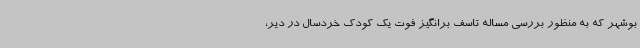
بوشهر که به منظور بررسی مساله تاسف برانگیز فوت یک کودک خردسال در دیر،